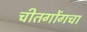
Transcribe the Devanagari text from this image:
चीतगोंगचा